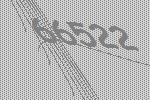
66522